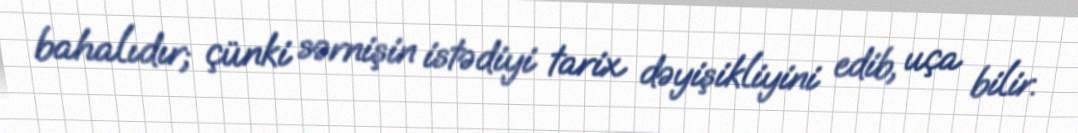
bahalıdır; çünki sərnişin istədiyi tarix dəyişikliyini edib, uça bilir.